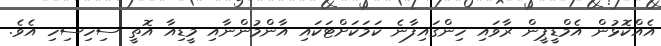
އެއްކޮޅުން އެމްޑީޕީން ރާވައި ހިންގައިފާނެ ކަމަކަށްޓަކައި އާންމުންނާއި މީޑިއާ އޮތީ ސިހިސިހި އެވެ.